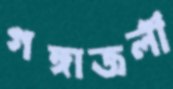
গঙ্গাজলী